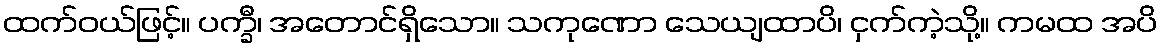
ထက်ဝယ်ဖြင့်။ ပက္ခီ၊ အတောင်ရှိသော။ သကုဏော သေယျထာပိ၊ ငှက်ကဲ့သို့။ ကမထ အပိ